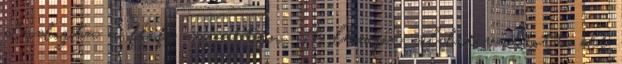
dadogta a férfi zavartan. A lámpa zöldre váltott, de